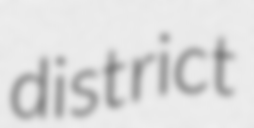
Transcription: district